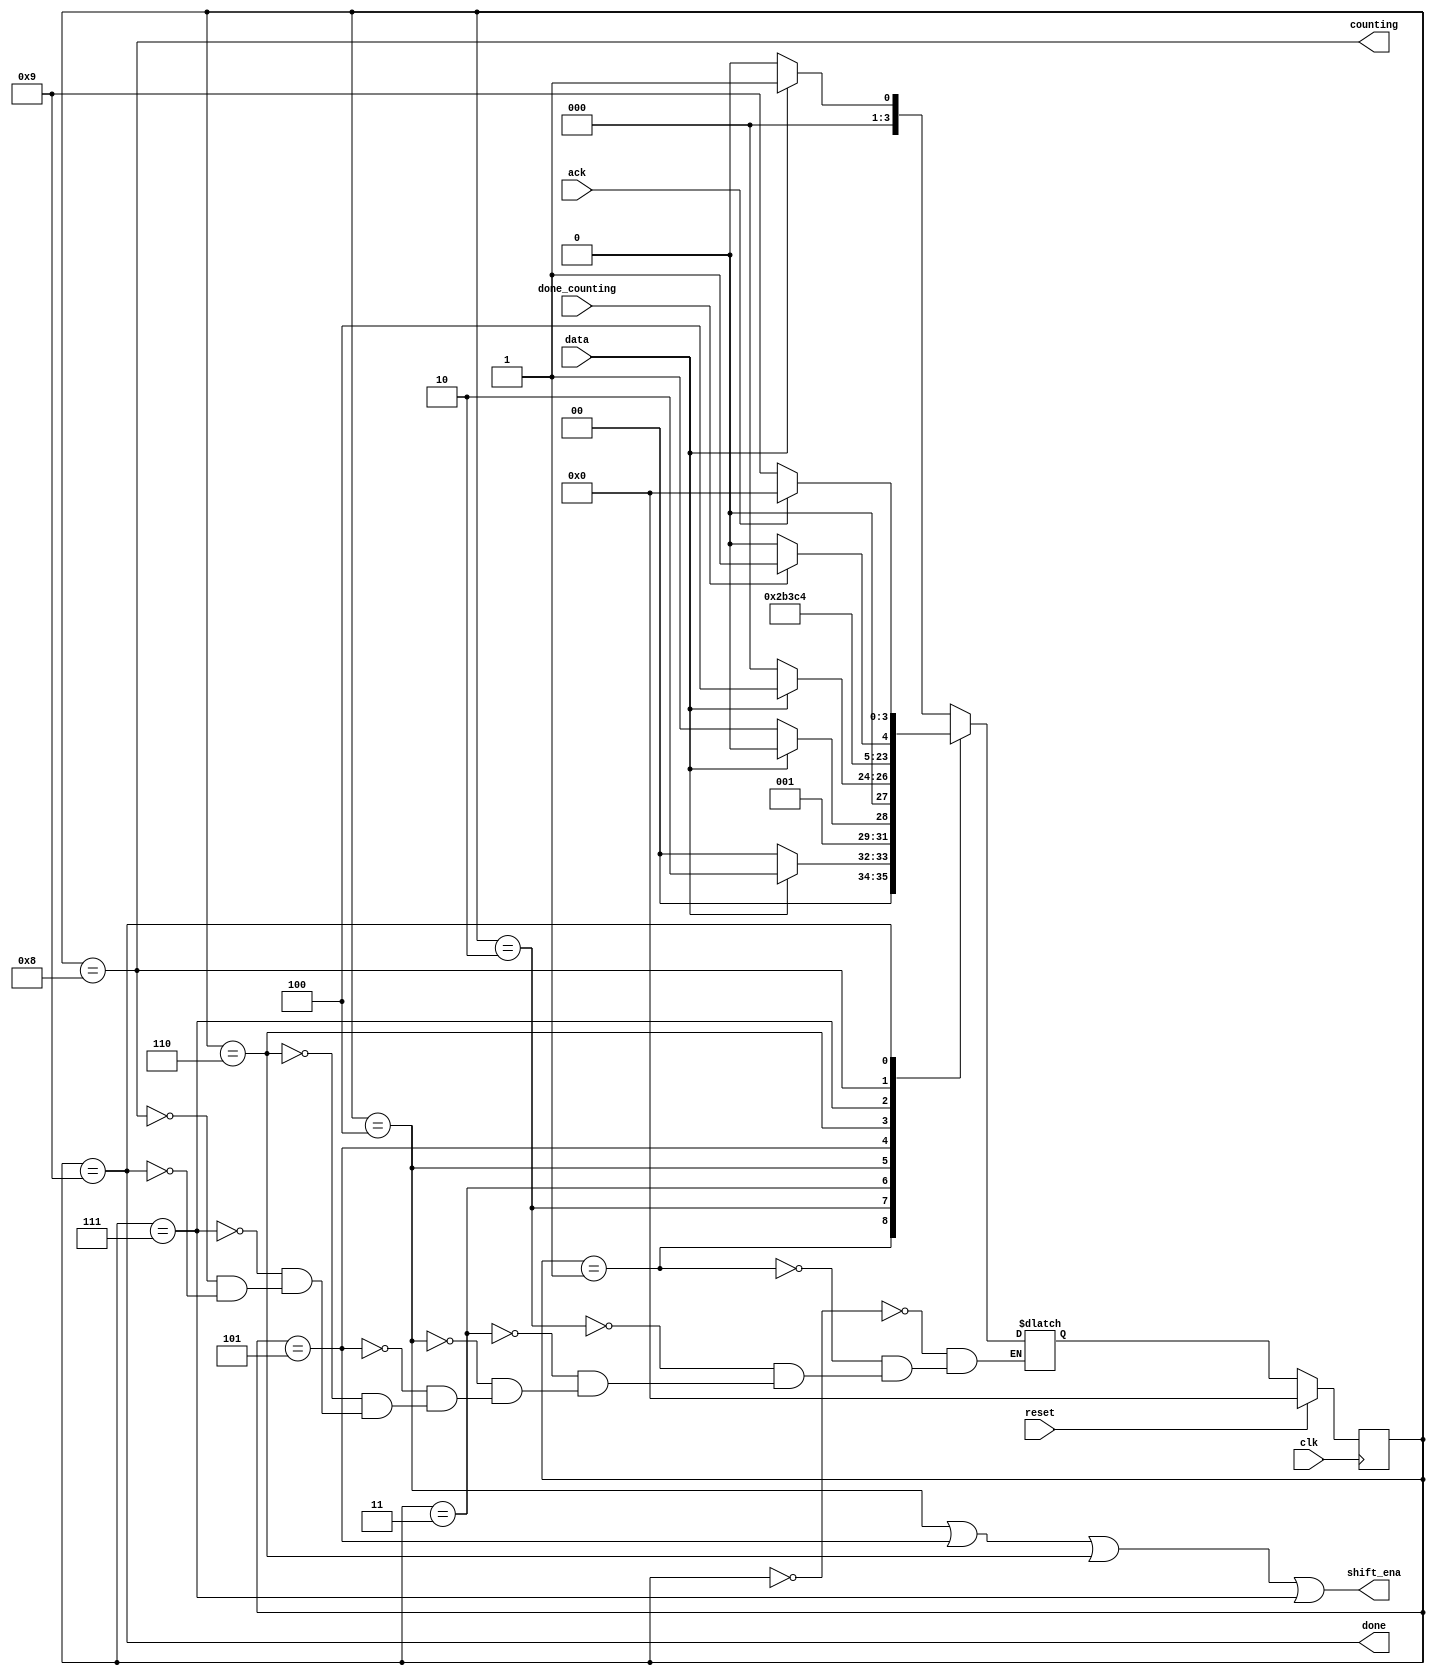
module top_module (
    input clk,
    input reset,      // Synchronous reset
    input data,
    output shift_ena,
    output counting,
    input done_counting,
    output done,
    input ack );
    
    reg [3:0] pstate,nstate;
    localparam S = 0, S1 = 1, S11 = 2, S110 = 3, B0 = 4, B1 = 5, B2 = 6, B3 = 7, Count = 8, Wait = 9;
	
    always @(posedge clk)
        begin
            if(reset)
                pstate<=S;
            else
                pstate<=nstate;
        end
    
    always @(*)
        begin
            case(pstate)
                S: nstate = data?S1:S;
                S1: nstate = data?S11:S;
                S11: nstate = data?S11:S110;
                S110: nstate = data?B0:S;
                B0: nstate = B1;
                B1: nstate = B2;
                B2: nstate = B3;
                B3: nstate = Count;
                Count: nstate = done_counting?Wait:Count;
                Wait: nstate = ack?S:Wait;
            endcase
        end
    
    assign shift_ena = (pstate == B0|pstate == B1|pstate == B2|pstate == B3);
	assign counting = (pstate==Count);
    assign done = (pstate==Wait);
endmodule